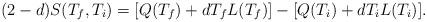
LaTeX: \begin{align*}(2-d) S(T_f,T_i) = [Q(T_f) + d T_f L(T_f)] - [Q(T_i) +d T_i L(T_i)] .\end{align*}